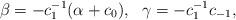
LaTeX: \begin{align*}\beta=-c_1^{-1}(\alpha+c_0),~~\gamma=-c_1^{-1}c_{-1},\end{align*}